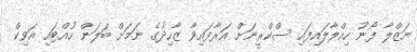
ނަޒްލާ ފޯނު ހިއްލާލައިފައި ސްކްރީނަށް އަރާފައިވާ ޒާހިދުގެ ނަމަށް ބަލަން ހުއްޓައި އަވިކް